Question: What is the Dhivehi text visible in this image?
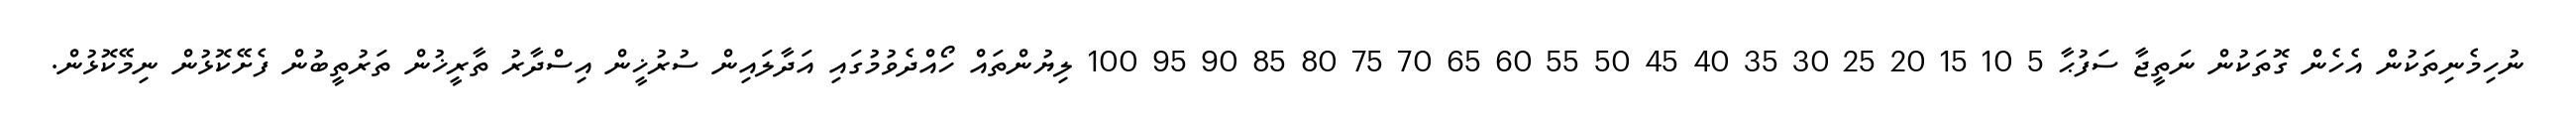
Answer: ނުހިމެނިތަކުން އެހެން ގޮތަކުން ނަތީޖާ ސަފުޙާ 5 10 15 20 25 30 35 40 45 50 55 60 65 70 75 80 85 90 95 100 ލިޔުންތައް ހޯއްދެވުމުގައި އަދާލައިން ސުރުޚީން އިސްދާރު ތާރީޚުން ތަރުތީބުން ފެށޭކޮޅުން ނިމޭކޮޅުން.